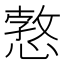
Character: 𢠜